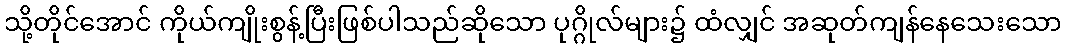
သို့တိုင်အောင် ကိုယ်ကျိုးစွန့်ပြီးဖြစ်ပါသည်ဆိုသော ပုဂ္ဂိုလ်များ၌ ထံလျှင် အဆုတ်ကျန်နေသေးသော